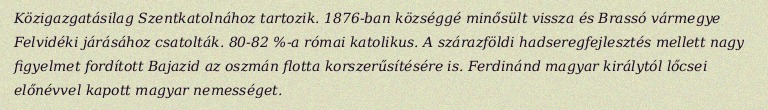
Közigazgatásilag Szentkatolnához tartozik. 1876-ban községgé minősült vissza és Brassó vármegye Felvidéki járásához csatolták. 80-82 %-a római katolikus. A szárazföldi hadseregfejlesztés mellett nagy figyelmet fordított Bajazid az oszmán flotta korszerűsítésére is. Ferdinánd magyar királytól lőcsei előnévvel kapott magyar nemességet.